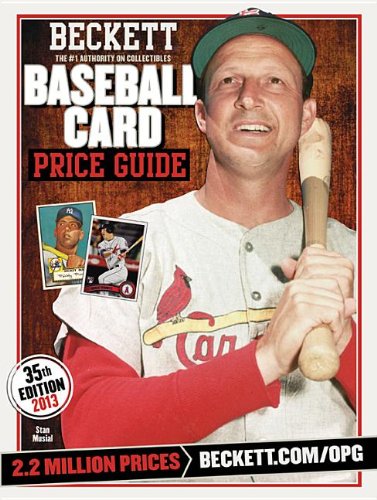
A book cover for Beckett Baseball Card Price Guide: 2013 Edition; Brian Fleisher; Crafts, Hobbies & Home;